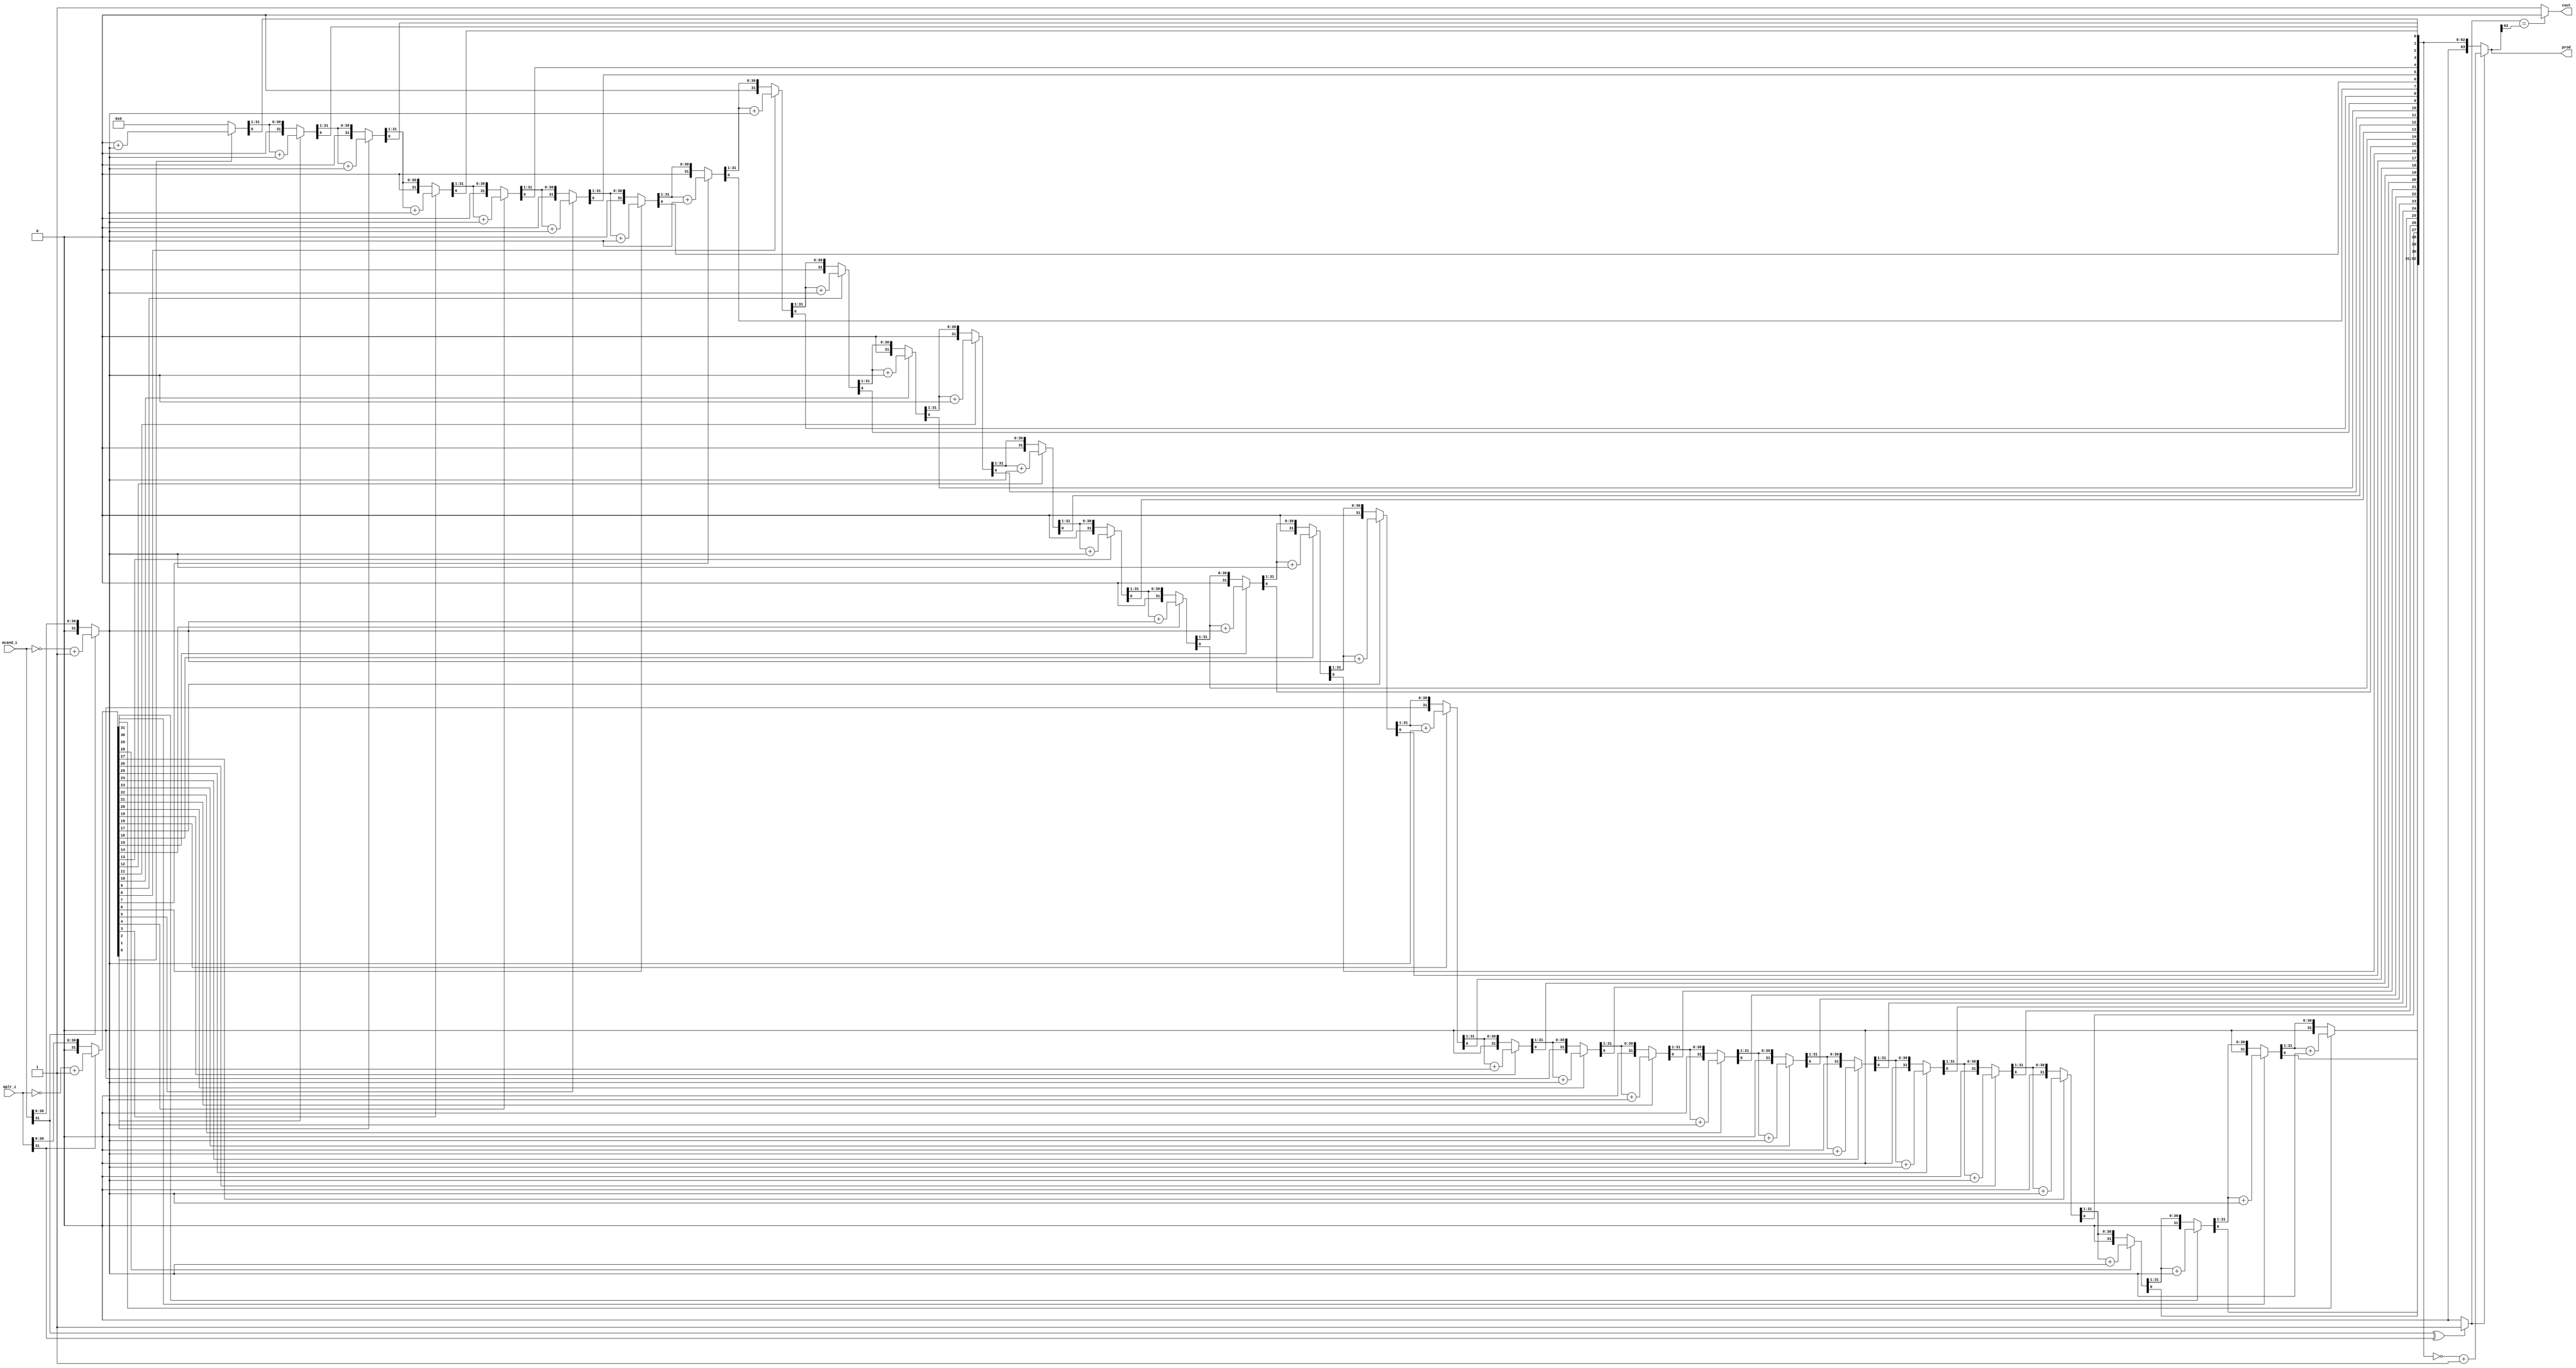
module thirty_two_mult(
    input [31:0]mplr_i,
    input [31:0]mcand_i,
    output reg [63:0]prod,
    output reg cout
    );
	 
	reg	[63:0]prod_t;
	reg	[31:0]mcand;
	reg 	[31:0]mplr;
	reg	sign;
	integer i;
	
	always @(*)
		begin
		sign = (mcand_i[31] == 1'b1 ^ mplr_i[31] == 1'b1) ? 1:0;
		if (mcand_i[31] == 1'b1)
			begin
			mcand =  {32'b0, ~mcand_i+1};
			end
		else
			begin
			mcand  = {32'b0, mcand_i};
			end
		if (mplr_i[31] == 1'b1)
			begin
			mplr = ~mplr_i+1;
			end
		else
			begin
			mplr  = mplr_i;
			end

		prod_t[63:32] = 32'b0;
		prod_t[31:0] = mplr;
		for (i=0;i<32;i=i+1)
			begin
			if (prod_t[0] == 1)
				begin
				prod_t[63:32] = prod_t[63:32] + mcand[31:0];
				end
			prod_t = prod_t >> 1;
			end
		
		if (sign == 1)
			begin
			prod = ~prod_t+1;
			end
		else
			begin
			prod = prod_t;
			end
		cout = (sign == prod[63])?0:1;
		end
endmodule